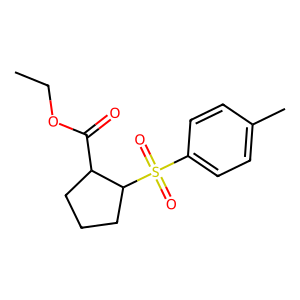
SMILES: CCOC(=O)C1CCCC1S(=O)(=O)c1ccc(C)cc1
Inhibits HIV replication: No